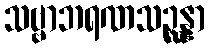
သဗ္ဗာဘရဏသဉ္ဆန္နာ